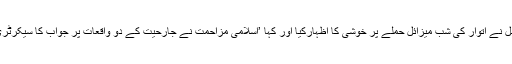
حزب اللہ کے ٹیلی ویژن چینل نے اتوار کی شب میزائل حملے پر خوشی کا اظہارکیا اور کہا ’اسلامی مزاحمت نے جارحیت کے دو واقعات پر جواب کا سیکرٹری جنرل کا وعدہ پورا کر دیا۔